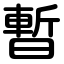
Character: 暫